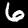
Label: 6